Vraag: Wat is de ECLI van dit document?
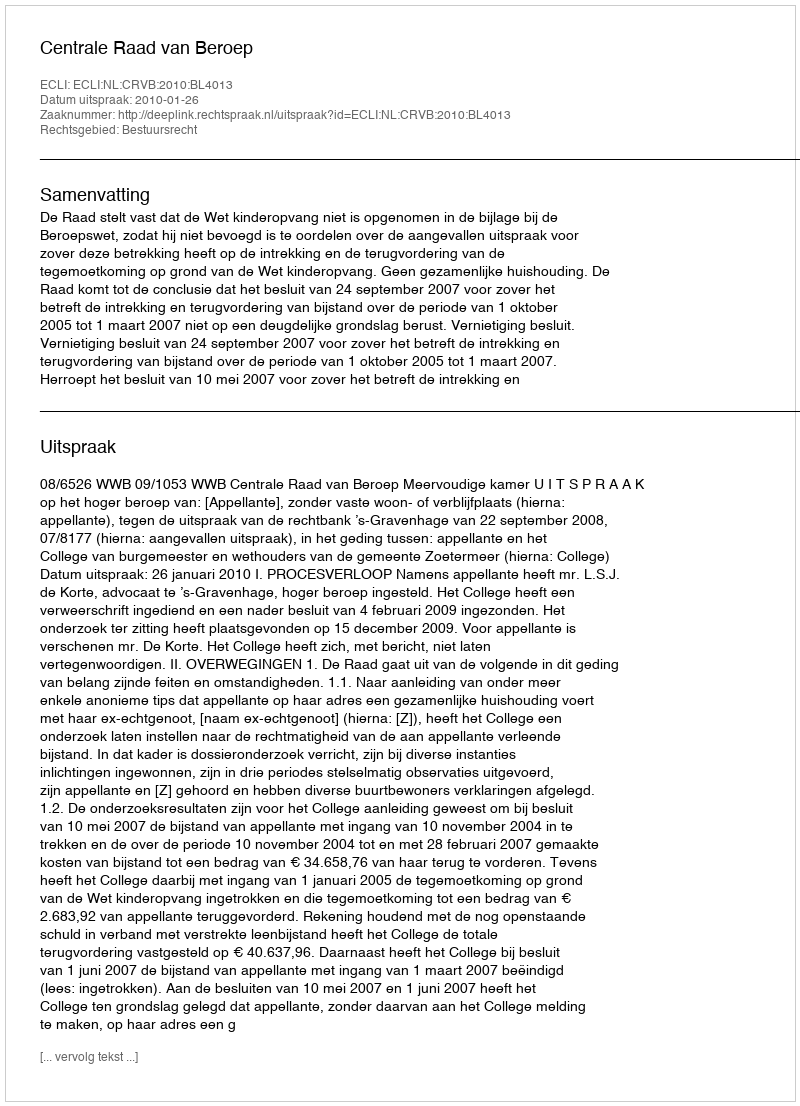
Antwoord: ECLI:NL:CRVB:2010:BL4013